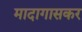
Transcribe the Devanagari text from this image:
मादागासकर